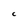
Character: c